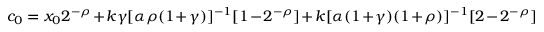
c _ { 0 } = x _ { 0 } 2 ^ { - \rho } + k \gamma [ \alpha \rho ( 1 + \gamma ) ] ^ { - 1 } [ 1 - 2 ^ { - \rho } ] + k [ \alpha ( 1 + \gamma ) ( 1 + \rho ) ] ^ { - 1 } [ 2 - 2 ^ { - \rho } ]